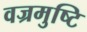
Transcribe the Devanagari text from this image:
वज्रमुष्टि